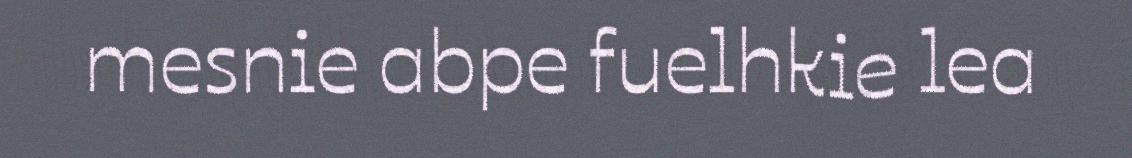
mesnie abpe fuelhkie lea